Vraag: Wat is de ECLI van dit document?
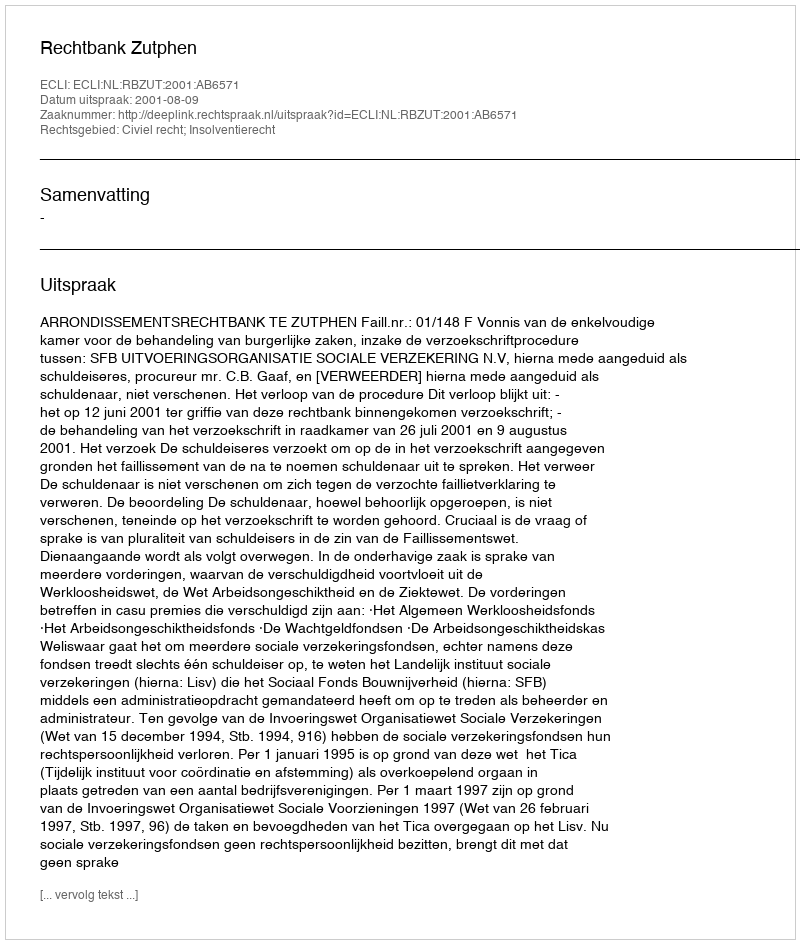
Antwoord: ECLI:NL:RBZUT:2001:AB6571